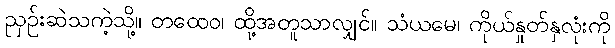
ညှဉ်းဆဲသကဲ့သို့။ တထေဝ၊ ထို့အတူသာလျှင်။ သံယမေ၊ ကိုယ်နှုတ်နှလုံးကို